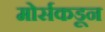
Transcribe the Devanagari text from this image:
मोर्सकडून